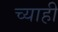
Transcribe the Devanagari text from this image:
च्याही